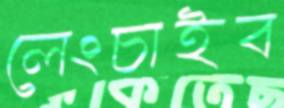
লেংচাইব